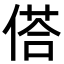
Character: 𬿀